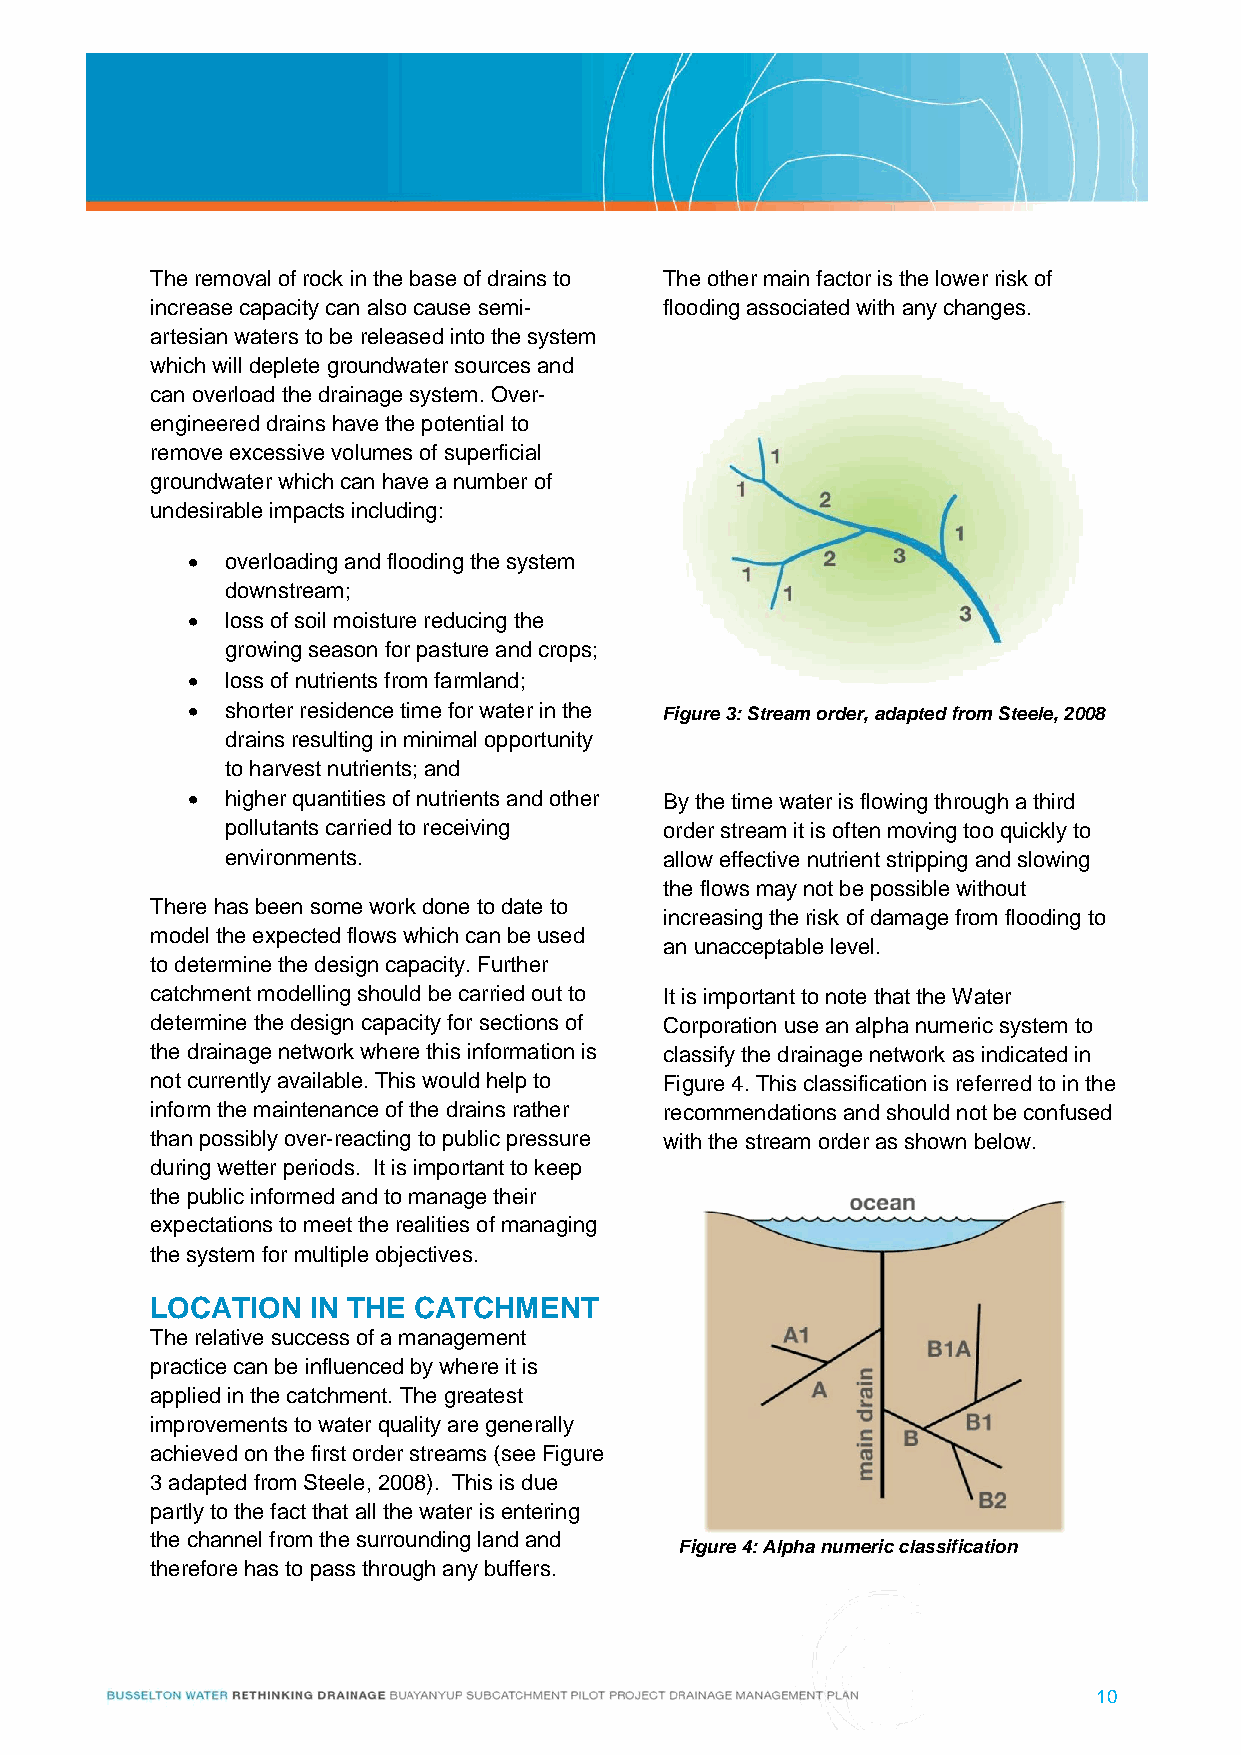
The removal of rock in the base of drains to The other main factor is the lower risk of
 increase capacity can also cause semi- flooding associated with any changes.
 artesian waters to be released into the system
 which will deplete groundwater sources and
 can overload the drainage system. Over-
 engineered drains have the potential to
 remove excessive volumes of superficial
 groundwater which can have a number of
 undesirable impacts including:
   overloading and flooding the system
 downstream;
   loss of soil moisture reducing the
 growing season for pasture and crops;
   loss of nutrients from farmland;
   shorter residence time for water in the Figure 3: Stream order, adapted from Steele, 2008
 drains resulting in minimal opportunity
 to harvest nutrients; and
   higher quantities of nutrients and other By the time water is flowing through a third
 pollutants carried to receiving order stream it is often moving too quickly to
 environments.                allow effective nutrient stripping and slowing
 the flows may not be possible without
 There has been some work done to date to
 increasing the risk of damage from flooding to
 model the expected flows which can be used
 an unacceptable level.
 to determine the design capacity. Further
 catchment modelling should be carried out to It is important to note that the Water
 determine the design capacity for sections of Corporation use an alpha numeric system to
 the drainage network where this information is classify the drainage network as indicated in
 not currently available. This would help to Figure 4. This classification is referred to in the
 inform the maintenance of the drains rather recommendations and should not be confused
 than possibly over-reacting to public pressure with the stream order as shown below.
 during wetter periods. It is important to keep
 the public informed and to manage their
 expectations to meet the realities of managing
 the system for multiple objectives.
 LOCATION   IN THE CATCHMENT
 The relative success of a management
 practice can be influenced by where it is
 applied in the catchment. The greatest
 improvements to water quality are generally
 achieved on the first order streams (see Figure
 3 adapted from Steele, 2008). This is due
 partly to the fact that all the water is entering
 the channel from the surrounding land and
 Figure 4: Alpha numeric classification
 therefore has to pass through any buffers.
 10